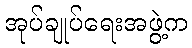
အုပ်ချုပ်ရေးအဖွဲ့က